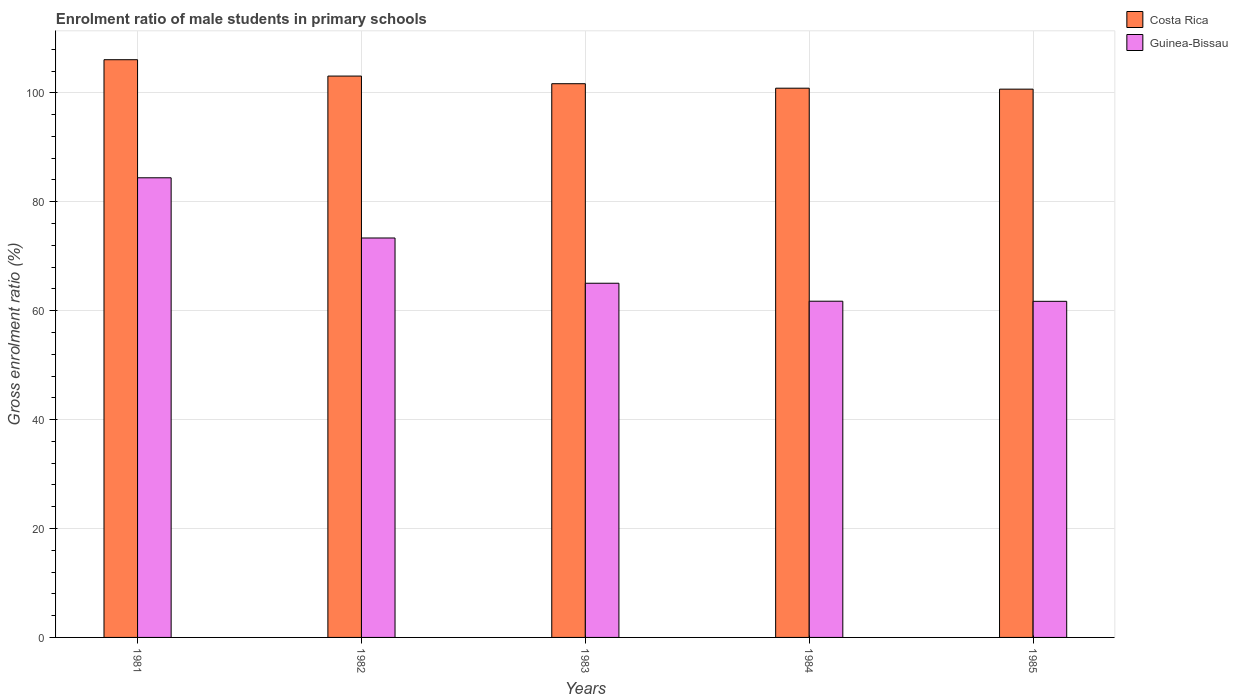
| Years | Costa Rica | Guinea-Bissau |
 | --- | --- | --- |
 | 1981 | 106 | 84.4 |
 | 1982 | 103 | 73.3 |
 | 1983 | 102 | 65 |
 | 1984 | 101 | 61.7 |
 | 1985 | 101 | 61.7 |